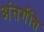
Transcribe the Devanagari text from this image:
अंतर्गति